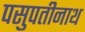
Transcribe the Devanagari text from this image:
पसुपतीनाथ